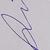
Signature authenticity: forged